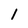
Character: l